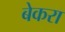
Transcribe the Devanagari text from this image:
बेकरा